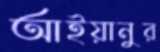
আইয়ানুর